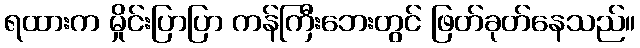
ရထားက မှိုင်းပြာပြာ ကန်ကြီးဘေးတွင် ဖြတ်ခုတ်နေသည်။